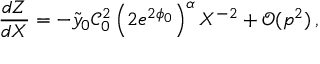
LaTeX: \frac { d Z } { d X } = - \tilde { y } _ { 0 } \mathcal { C } _ { 0 } ^ { 2 } \left( 2 e ^ { 2 \phi _ { 0 } } \right) ^ { \alpha } X ^ { - 2 } + \mathcal { O } ( p ^ { 2 } ) \, ,